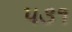
૫૩૧